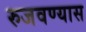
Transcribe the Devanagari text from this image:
रुजवण्यास